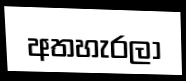
අතහැරලා